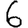
Digit: 6